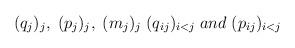
LaTeX: \begin{align*}(q_j)_j,\; (p_j)_j,\; (m_j)_j\; (q_{ij})_{i<j}\;and \;(p_{ij})_{i<j}\;\end{align*}